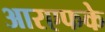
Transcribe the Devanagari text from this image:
आरएफके